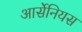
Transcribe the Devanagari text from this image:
आर्सेनियस